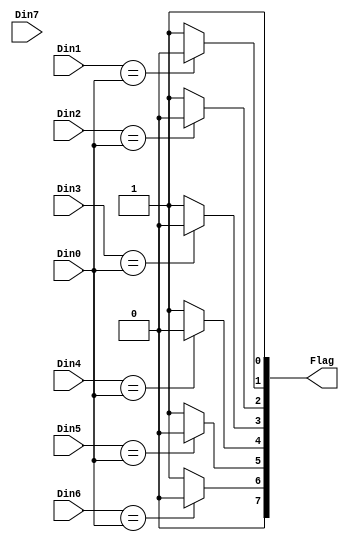
module Flag(Din0,Din1,Din2,Din3,Din4,Din5,Din6,Din7,Flag);
input [7:0] Din0,Din1,Din2,Din3,Din4,Din5,Din6,Din7;
output reg [7:0]Flag;


always @ (Din0 or Din1 or Din2 or Din3 or Din4 or Din5 or Din6 or Din7)
	begin
	Flag = 8'b01111111;
	if (Din1==Din0) Flag[1]=0;
	if (Din2==Din0) Flag[2]=0;
	if (Din3==Din0) Flag[3]=0;
	if (Din4==Din0) Flag[4]=0;
	if (Din5==Din0) Flag[5]=0;
	if (Din6==Din0) Flag[6]=0;
	if (Din7==Din0) Flag[7]=0;
	end
endmodule